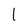
Character: l